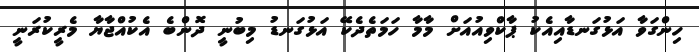
ހިންގަވާ އަޅުގަނޑާއިއެކު ޕާކްވިއުއަށް މާމާ ހަމަތެދެކޭ އަޅުގަނޑު މިބުނީ ދޮންބެ އެކުއްޖާޔާ މެރީކުރަނީ